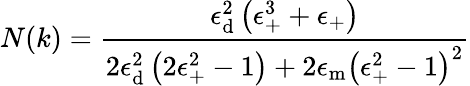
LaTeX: N(k)=\frac{\epsilon_{\mathrm{{d}}}^{2}\left(\epsilon_{\mathrm{+}}^{3}+\epsilon_{\mathrm{+}}\right)}{2\epsilon_{\mathrm{{d}}}^{2}\left(2\epsilon_{\mathrm{+}}^{2}-1\right)+2\epsilon_{\mathrm{{m}}}\left(\epsilon_{\mathrm{+}}^{2}-1\right)^{2}}